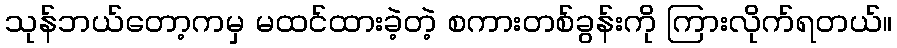
သုန်ဘယ်တော့ကမှ မထင်ထားခဲ့တဲ့ စကားတစ်ခွန်းကို ကြားလိုက်ရတယ်။